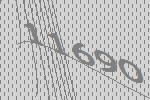
11690